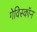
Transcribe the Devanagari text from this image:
गेविस्कॉन